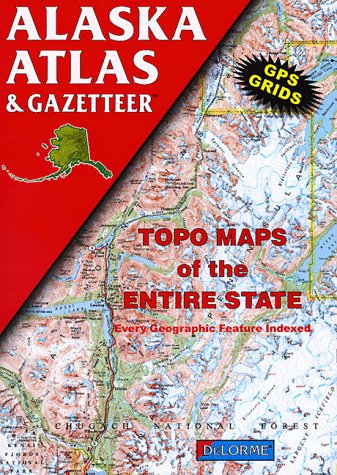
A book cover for Alaska Atlas & Gazetteer; Alaska Natural History Association; Travel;